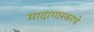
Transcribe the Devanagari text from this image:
मादागास्करचे